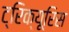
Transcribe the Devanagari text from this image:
ट्रिक्यूरिस